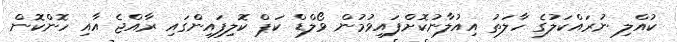
ކުއްލި ނުރައްކަލުގެ ހާލަތު އިއުލާނުކޮށްފައިވުމުން ވޯލްޑް ކަޕް ކޮލިފައިންގައި ރާއްޖެ އާއި ހޮންކޮން